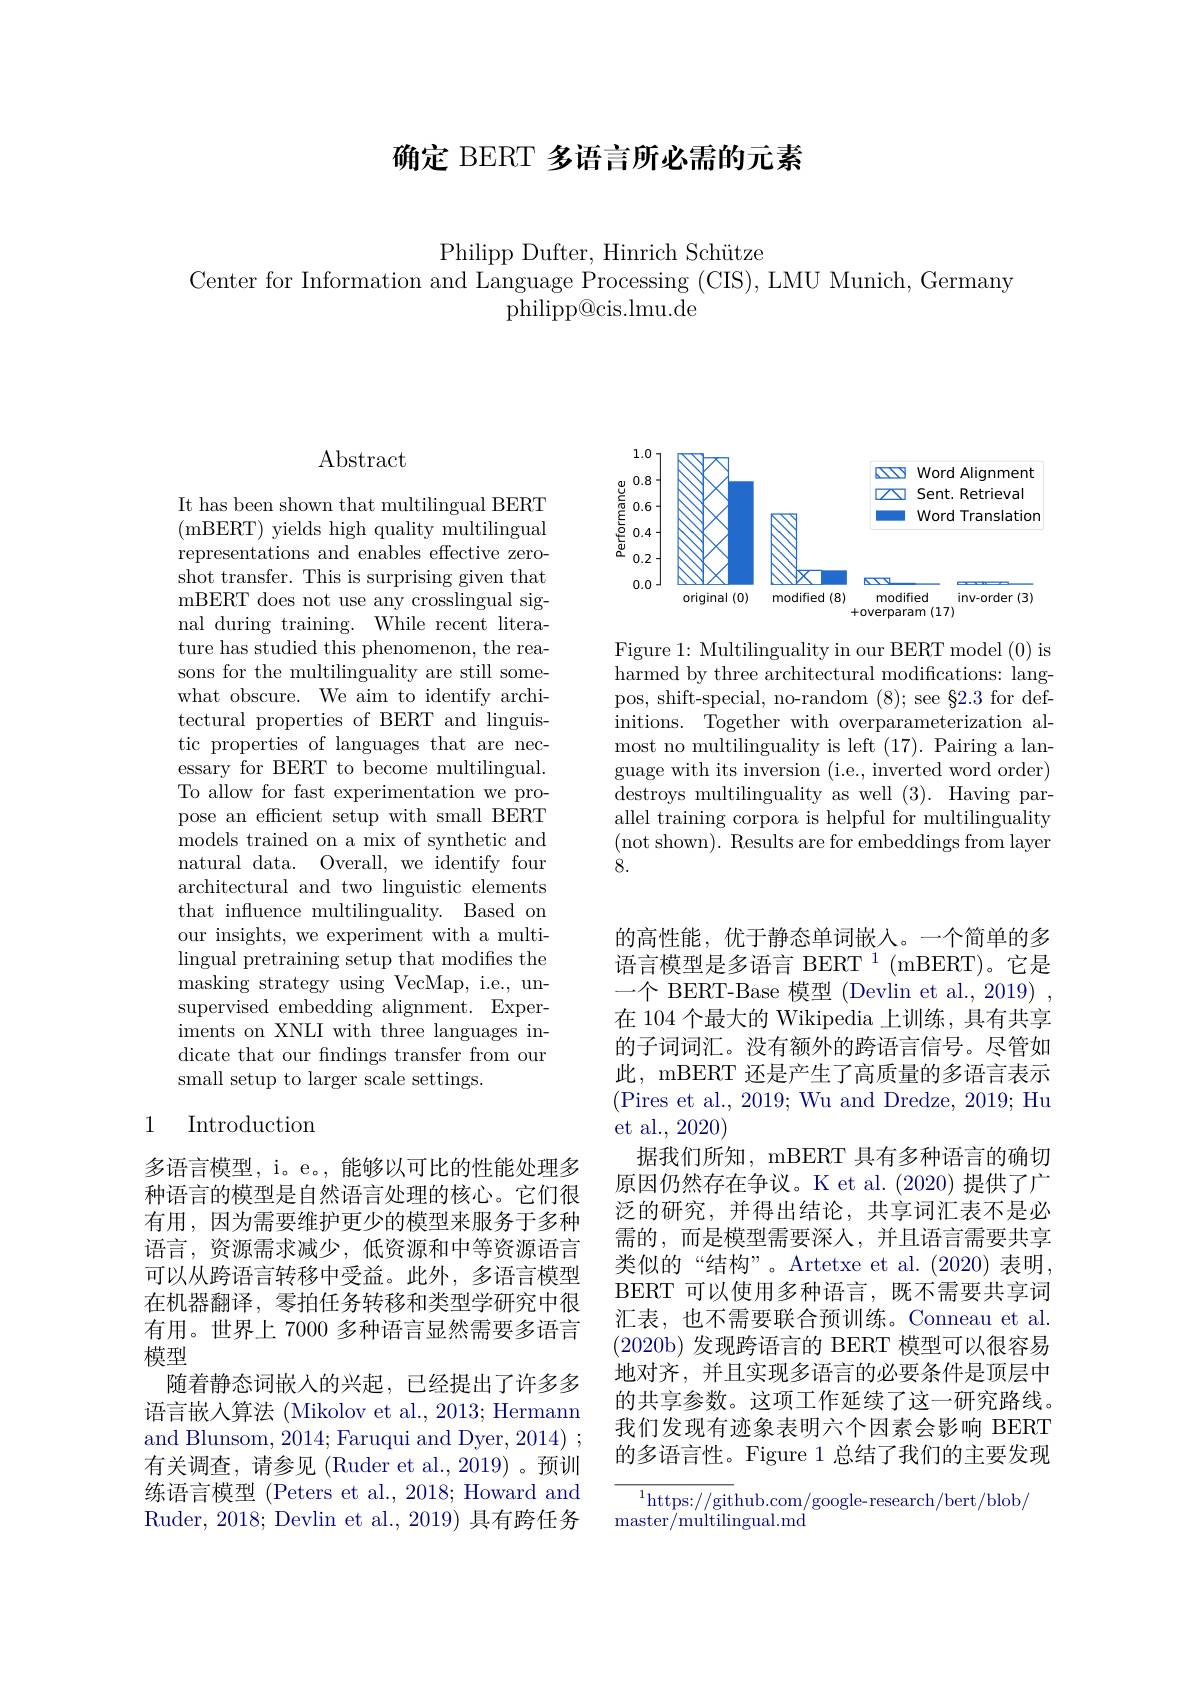
确定 BERT 多语言所必需的元素

Philipp Dufter, Hinrich Schütze
Center for Information and Language Processing (CIS), LMU Munich, Germany
philipp@ cis. lmu. de

$\operatorname{Abstract}$

It has been shown that multilingual BERT (mBERT) yields high quality multilingual representations and enables effective zeroshot transfer. This is surprising given that mBERT does not use any crosslingual signal during training. While recent literature has studied this phenomenon, the reasons for the multilinguality are still somewhat obscure. We aim to identify architectural properties of BERT and linguistic properties of languages that are necessary for BERT to become multilingual. To allow for fast experimentation we propose an efficient setup with small BERT models trained on a mix of synthetic and natural data. Overall, we identify four architectural and two linguistic elements that influence multilinguality. Based on our insights, we experiment with a multilingual pretraining setup that modifies the masking strategy using VecMap, i.e., unsupervised embedding alignment. Experiments on XNLI with three languages indicate that our fndings transfer from our small setup to larger scale settings.

## 1 Introduction

多语言模型，i。e。,能够以可比的性能处理多种语言的模型是自然语言处理的核心。它们很有用，因为需要维护更少的模型来服务于多种语言，资源需求减少，低资源和中等资源语言可以从跨语言转移中受益。此外，多语言模型在机器翻译，零拍任务转移和类型学研究中很有用。世界上 7000 多种语言显然需要多语言模型
随着静态词嵌人的兴起，已经提出了许多多语言嵌入算法 (Mikolov et al., 2013; Hermann and Blunsom, 2014; Faruqui and Dyer, 2014) ; 有关调查，请参见(Ruder et al.,2019)。预训练语言模型 (Peters et al., 2018; Howard and Ruder, 2018; Devlin et al. , 2019) 具 有 跨 任 务

<FigureHere>

Figure 1: Multilinguality in our BERT model (0) is $\bar{\text{harmed by three architectural modifications: lang-}}$ pos, shift-special, no-random (8); see §2.3 for definitions. Together with overparameterization almost no multilinguality is left (17). Pairing a language with its inversion (i.e., inverted word order) destroys multilinguality as well (3). Having parallel training corpora is helpful for multilinguality (not shown). Results are for embeddings from layer 8.

的高性能，优于静态单词嵌入。一个简单的多语言模型是多语言 BERT $^{1}($mBERT)。它是一个 BERT-Base 模型 (Devlin et al., 2019) , 在 104 个最大的 Wikipedia 上训练，具有共享的子词词汇。没有额外的跨语言信号。尽管如此，mBERT 还是产生了高质量的多语言表示(Pires et al., 2019; Wu and Dredze, 2019; Hu et al., 2020)
据我们所知，mBERT 具有多种语言的确切原因仍然存在争议。K et al.(2020)提供了广泛的研究，并得出结论，共享词汇表不是必需的，而是模型需要深人，并且语言需要共享类似的“结构”。Artetxe et al.(2020)表明， BERT 可以使用多种语言，既不需要共享词汇表，也不需要联合预训练。Conneau et al (2020b)发现跨语言的 BERT 模型可以很容易地对齐，并且实现多语言的必要条件是顶层中的共享参数。这项工作延续了这一研究路线。我们发现有迹象表明六个因素会影响 BERT 的多语言性。Figure 1 总结了我们的主要发现

$^{1}$https://github.com/google-research/bert/blob/
${\mathrm{master}/\mathrm{multilingual.md}}$